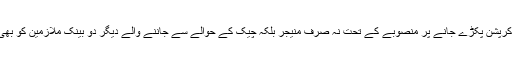
عبداللہ نے کرپشن پکڑے جانے پر منصوبے کے تحت نہ صرف منیجر بلکہ چیک کے حوالے سے جاننے والے دیگر دو بینک ملازمین کو بھی قتل کردیا۔